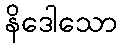
နိဒေါသော